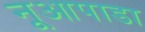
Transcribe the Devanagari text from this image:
नूआपाडा